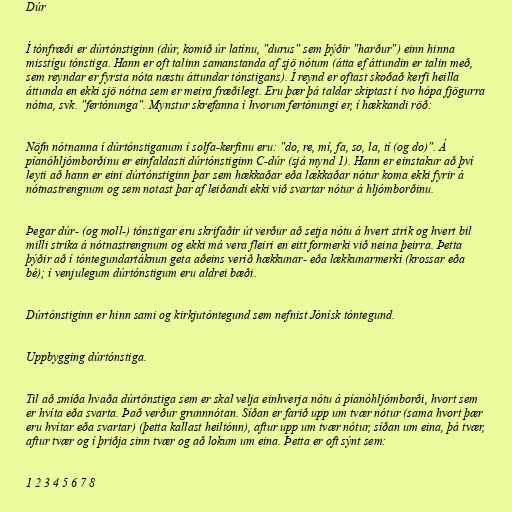
Dúr

Í tónfræði er dúrtónstiginn (dúr, komið úr latínu, "durus" sem þýðir "harður") einn hinna
misstígu tónstiga. Hann er oft talinn samanstanda af sjö nótum (átta ef áttundin er talin með,
sem reyndar er fyrsta nóta næstu áttundar tónstigans). Í reynd er oftast skoðað kerfi heilla
áttunda en ekki sjö nótna sem er meira fræðilegt. Eru þær þá taldar skiptast í tvo hópa fjögurra
nótna, svk. "fertónunga". Mynstur skrefanna í hvorum fertónungi er, í hækkandi röð:

Nöfn nótnanna í dúrtónstiganum í solfa-kerfinu eru: "do, re, mí, fa, so, la, tí (og do)". Á
píanóhljómborðinu er einfaldasti dúrtónstiginn C-dúr (sjá mynd 1). Hann er einstakur að því
leyti að hann er eini dúrtónstiginn þar sem hækkaðar eða lækkaðar nótur koma ekki fyrir á
nótnastrengnum og sem notast þar af leiðandi ekki við svartar nótur á hljómborðinu.

Þegar dúr- (og moll-) tónstigar eru skrifaðir út verður að setja nótu á hvert strik og hvert bil
milli strika á nótnastrengnum og ekki má vera fleiri en eitt formerki við neina þeirra. Þetta
þýðir að í tóntegundartáknun geta aðeins verið hækkunar- eða lækkunarmerki (krossar eða
bé); í venjulegum dúrtónstigum eru aldrei bæði.

Dúrtónstiginn er hinn sami og kirkjutóntegund sem nefnist Jónísk tóntegund.

Uppbygging dúrtónstiga.

Til að smíða hvaða dúrtónstiga sem er skal velja einhverja nótu á píanóhljómborði, hvort sem
er hvíta eða svarta. Það verður grunnnótan. Síðan er farið upp um tvær nótur (sama hvort þær
eru hvítar eða svartar) (þetta kallast heiltónn), aftur upp um tvær nótur, síðan um eina, þá tvær,
aftur tvær og í þriðja sinn tvær og að lokum um eina. Þetta er oft sýnt sem:

1 2 3 4 5 6 7 8